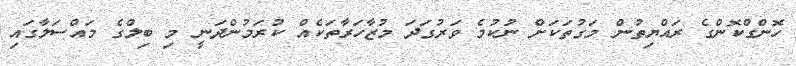
ހޮންގްކޮންގެ ރައްޔިތުން މަގުތަކަށް ނުކުމެ ވަރުގަދަ މުޒާހަރާތަކެއް ކުރަމުންދަނީ މި ބިލްގެ މައްސަލާގައި